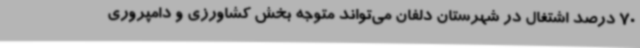
70 درصد اشتغال در شهرستان دلفان می‌تواند متوجه بخش کشاورزی و دامپروری